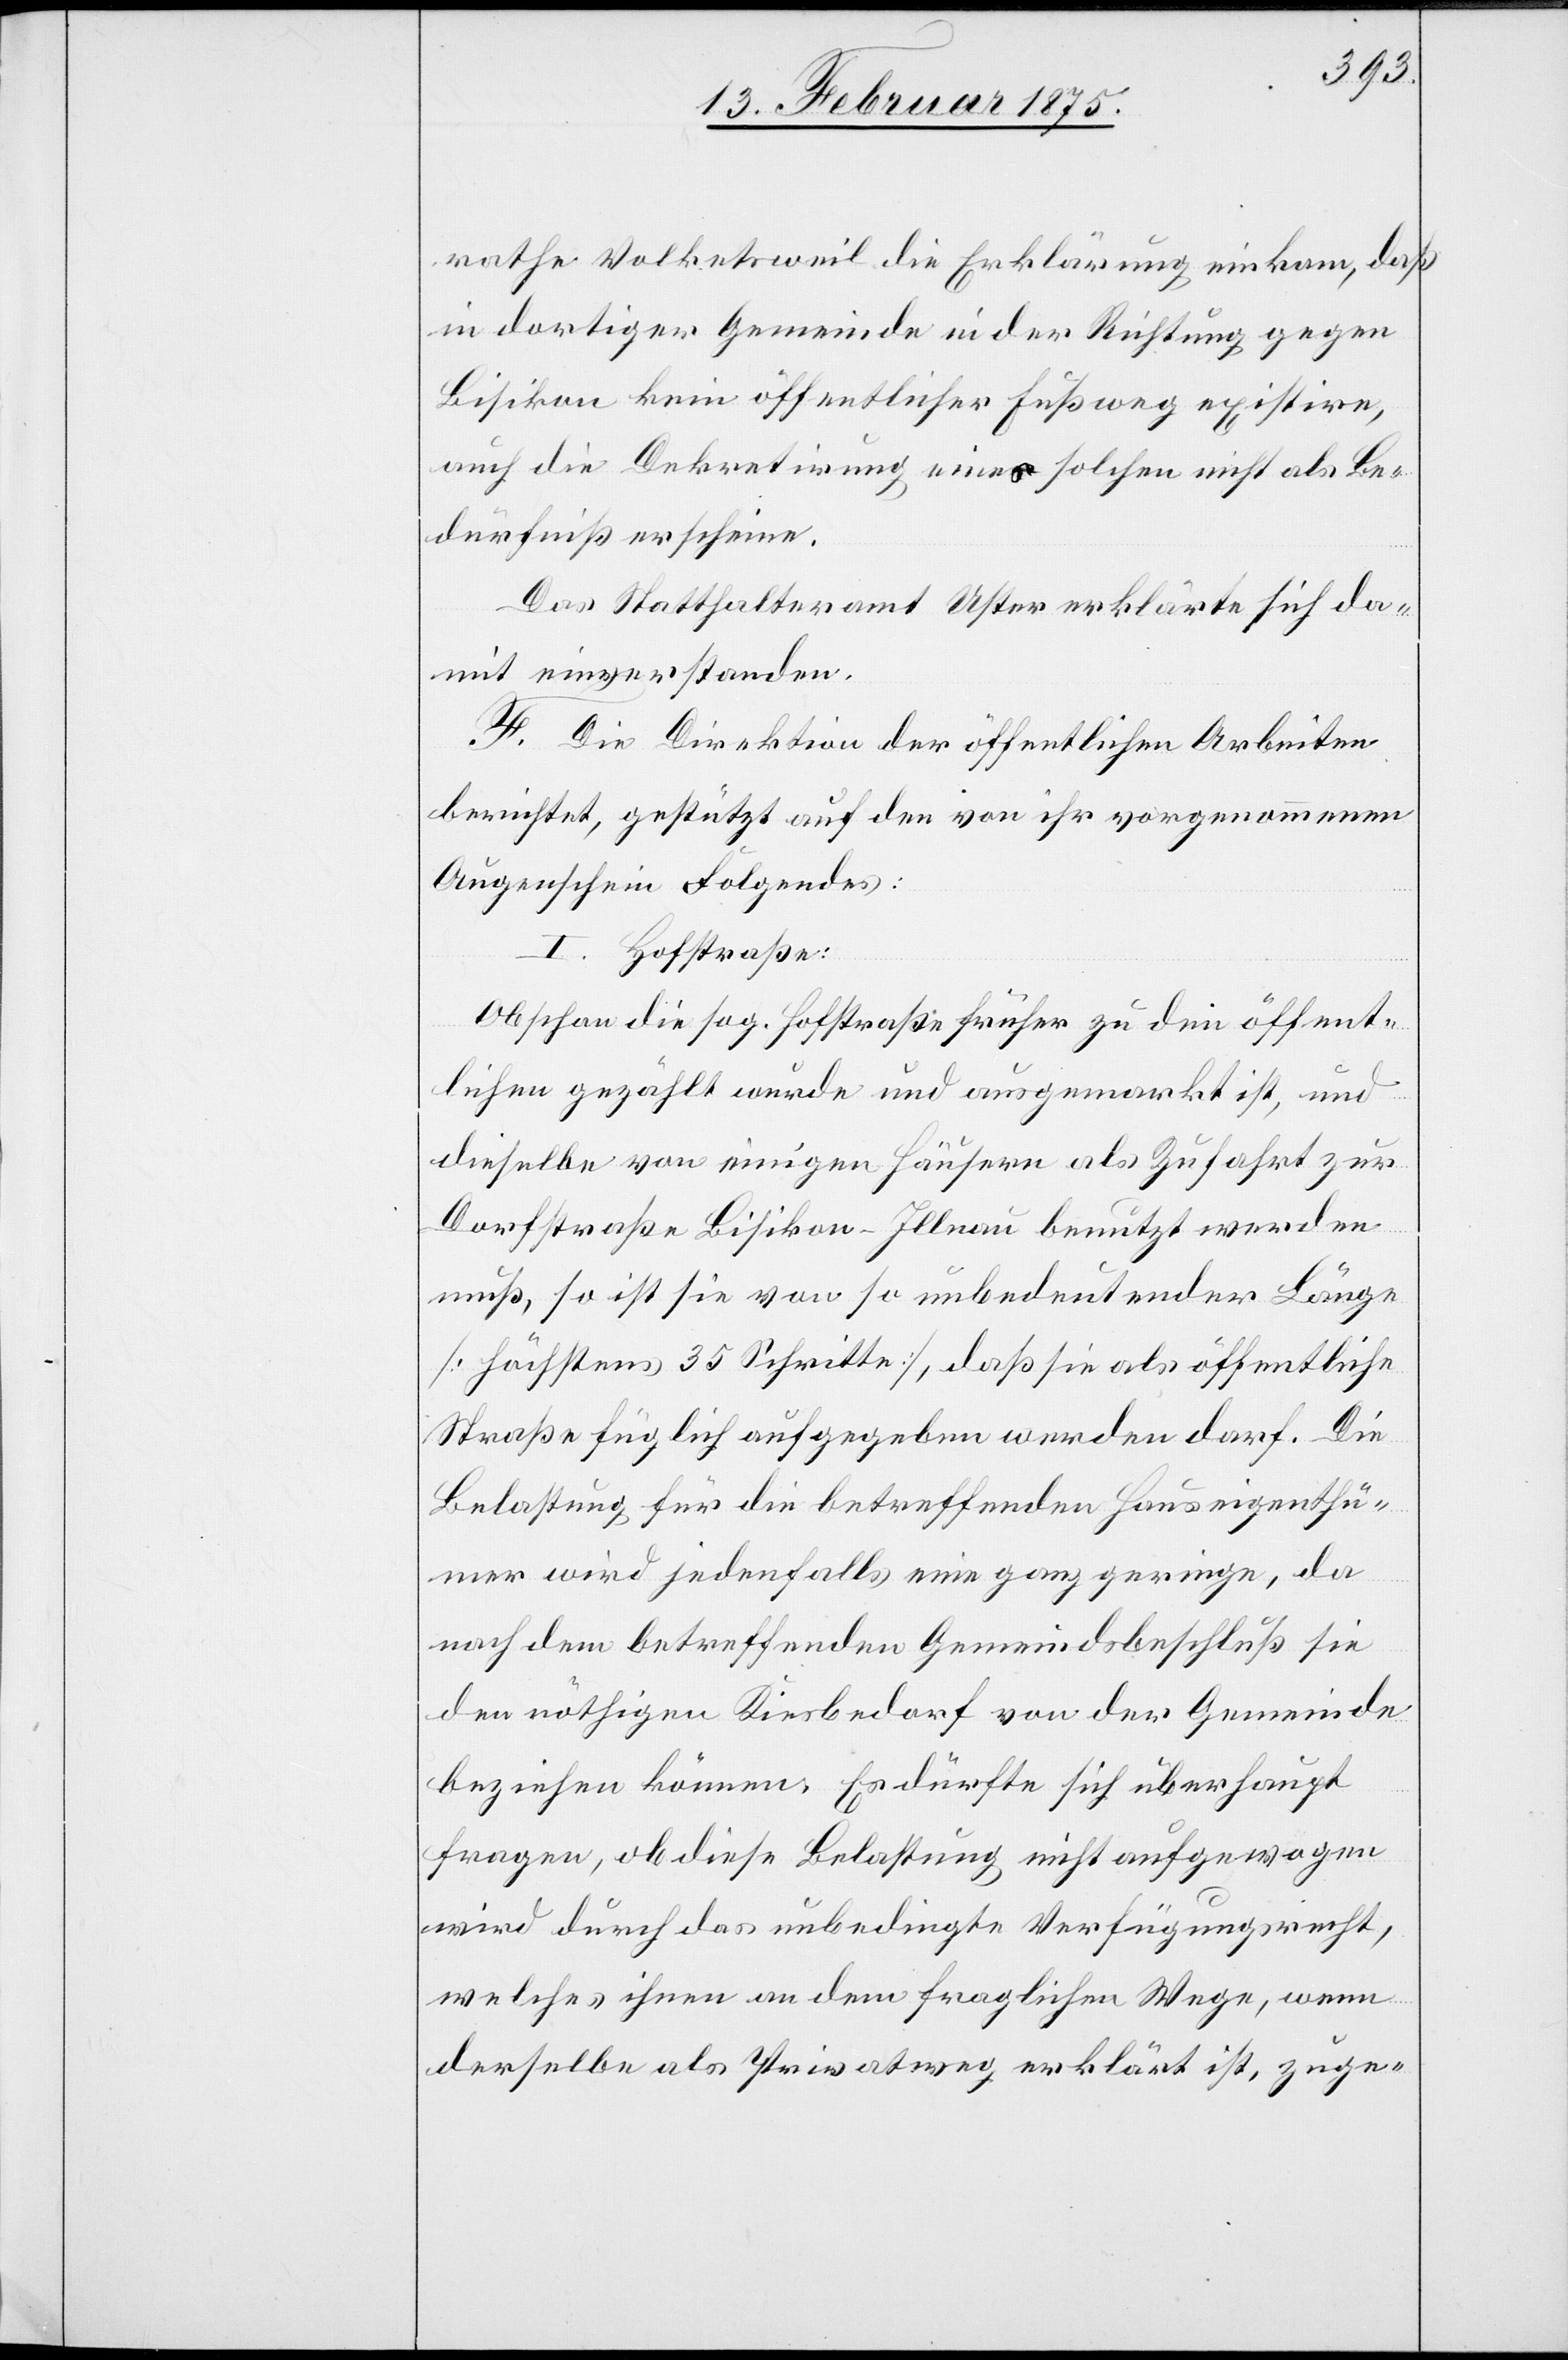
rathe Volketsweil die Erklärung einkam, daß
in dortiger Gemeinde in der Richtung gegen
Bisikon kein öffentlicher Fußweg existire,
auch die Dekretirung eines solchen nicht als Be¬
dürfniß erscheine.
Das Statthalteramt Uster erklärte sich da¬
mit einverstanden.
F. Die Direktion der öffentlichen Arbeiten
berichtet, gestützt auf den von ihr vorgenommenen
Augenschein Folgendes:
I. Hofstraße:
Obschon die sog. Hofstraße früher zu den öffent¬
lichen gezählt wurde und ausgemarkt ist, und
dieselbe von einigen Häusern als Zufahrt zur
Dorfstraße Bisikon-Illnau benutzt werden
muß, so ist sie von so unbedeutender Länge
(höchstens 35 Schritte), daß sie als öffentliche
Straße füglich aufgegeben werden darf. Die
Belastung für die betreffenden Hauseigenthü¬
mer wird jedenfalls eine ganz geringe, da
nach dem betreffenden Gemeindsbeschluß sie
den nöthigen Kiesbedarf von der Gemeinde
beziehen können. Es dürfte sich überhaupt
fragen, ob diese Belastung nicht aufgewogen
wird durch das unbedingte Verfügungsrecht,
welches ihnen an dem fraglichen Wege, wenn
derselbe als Privatweg erklärt ist, zuge-